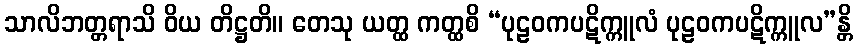
သာလိဘတ္တရာသိ ဝိယ တိဋ္ဌတိ။ တေသု ယတ္ထ ကတ္ထစိ “ပုဠဝကပဋိက္ကူလံ ပုဠဝကပဋိက္ကူလ”န္တိ